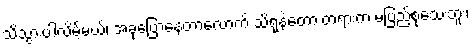
သိသွားပါလိမ့်မယ်၊ အခုပြောနေတာလောက် သိရုံနဲ့တော့ တရားက မပြည့်စုံသေးဘူး၊